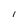
Character: l